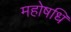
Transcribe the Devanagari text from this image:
महोषधि